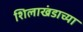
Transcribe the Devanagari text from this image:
शिलाखंडाच्या